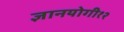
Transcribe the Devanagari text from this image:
ज्ञानयोगी१२